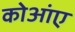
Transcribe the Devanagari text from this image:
कोआंए